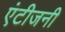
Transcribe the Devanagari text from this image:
एंटीजनी